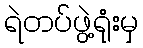
ရဲတပ်ဖွဲ့ရုံးမှ